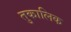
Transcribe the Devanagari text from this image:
तुकालिक